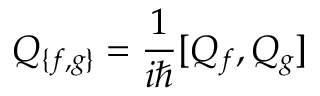
\quad Q _ { \{ f , g \} } = { \frac { 1 } { i \hbar } } [ Q _ { f } , Q _ { g } ]